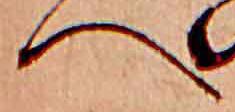
へ